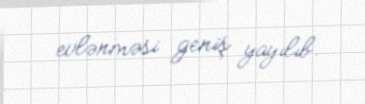
evlənməsi geniş yayılıb.